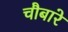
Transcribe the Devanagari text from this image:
चौबारे